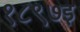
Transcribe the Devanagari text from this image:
१८९७इ